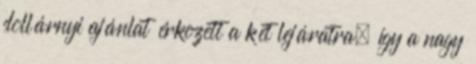
dollárnyi ajánlat érkezett a két lejáratra, így a nagy